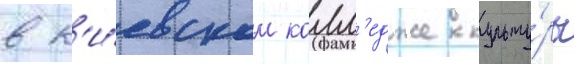
в к'и́евском колл'едже культу́ры